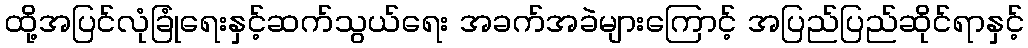
ထို့အပြင်လုံခြုံရေးနှင့်ဆက်သွယ်ရေး အခက်အခဲများကြောင့် အပြည်ပြည်ဆိုင်ရာနှင့်